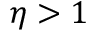
\eta > 1